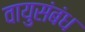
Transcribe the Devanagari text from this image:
वायुसंबंध